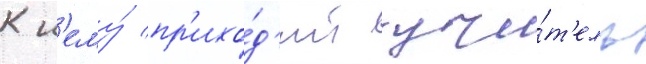
К н'ему́ пр'ихо́д'ит учи́т'ель